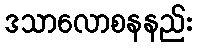
ဒသာလောစနနည်း